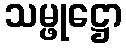
သမ္ဖုဋ္ဌော